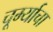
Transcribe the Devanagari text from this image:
चूर्म्याचा